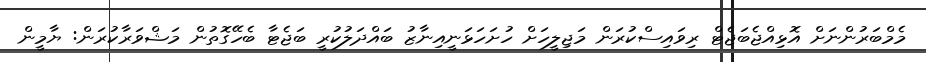
މެމްބަރުންނަށް އޮޅިއްޖެބަޖެޓް ރިވައިސްކުރަން މަޖިލީހަށް ހުށަހަޅަނީއިނާޒު ބައްދަލުކުރީ ބަޖެޓާ ބެހޭގޮތުން މަޝްވަރާކުރަން: ޔާމީން